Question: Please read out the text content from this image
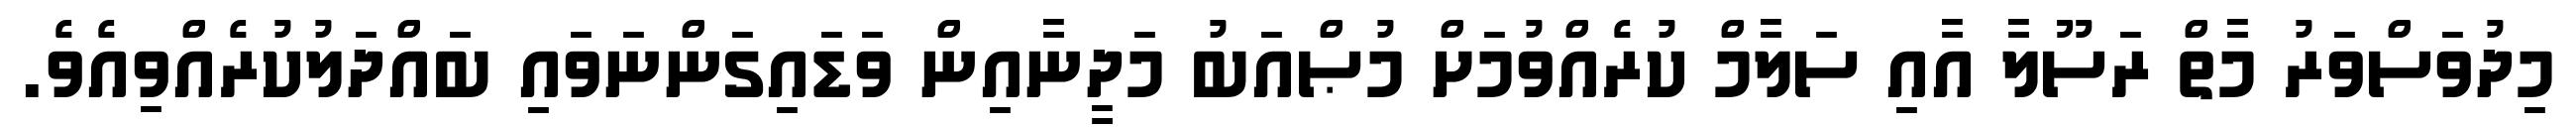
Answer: މިދުވަސްވަރު މާތް ރަސޫލާ އާއި ސަލާމް ކުރެއްވުމަށް މުޞްއަބު މަދީނާއިން ވަޑައިގަންނަވައި ބައްދަލުކުރެއްވިއެވެ.